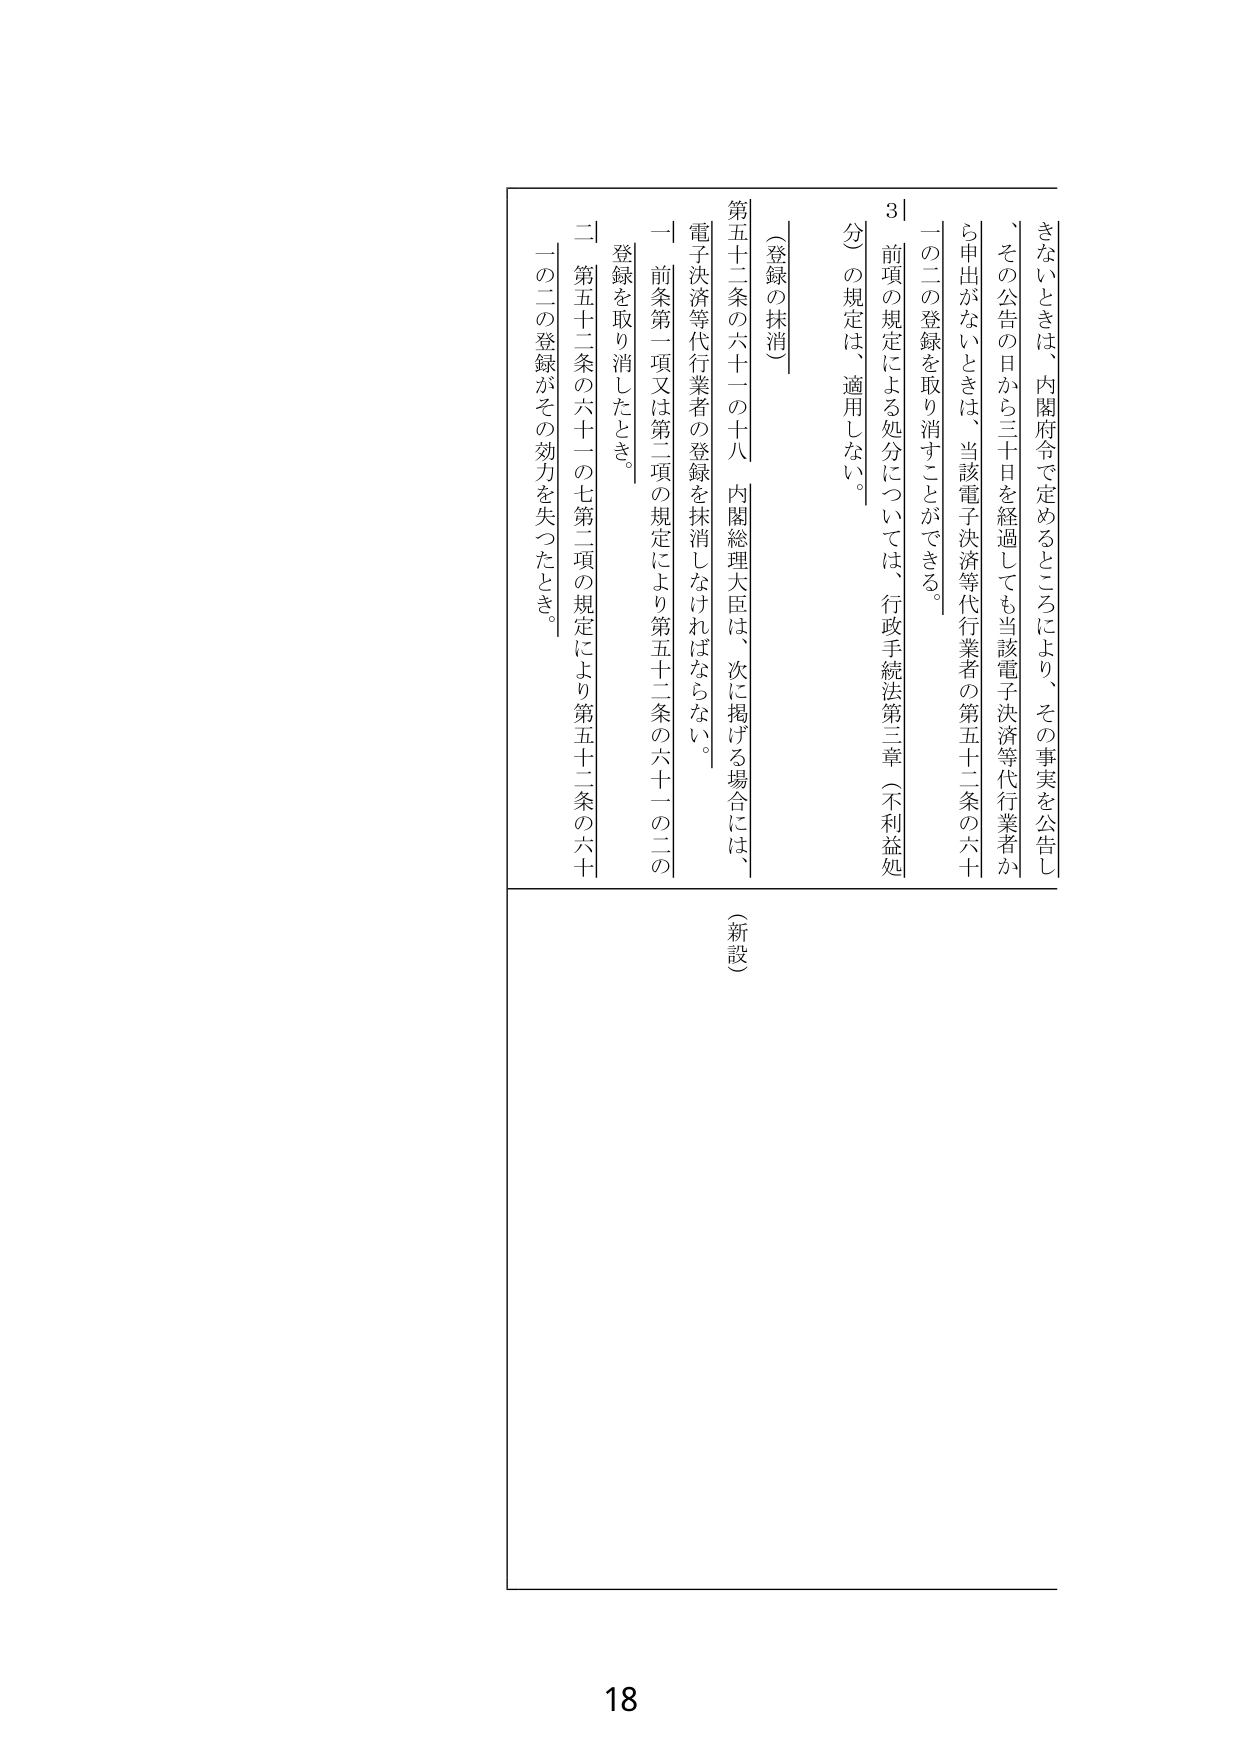
きないときは、内閣府令で定めるところにより、その事実を公告し
、その公告の日から三十日を経過しても当該電子決済等代行業者か
ら申出がないときは、当該電子決済等代行業者の第五十二条の六十
一の二の登録を取り消すことができる。
3 前項の規定による処分については、行政手続法第三章（不利益処
分）の規定は、適用しない。
（登録の抹消）
第五十二条の六十一の十八 内閣総理大臣は、次に掲げる場合には、
電子決済等代行業者の登録を抹消しなければならない。
一 前条第一項又は第二項の規定により第五十二条の六十一の二の
登録を取り消したとき。
二 第五十二条の六十一の七第二項の規定により第五十二条の六十
一の二の登録がその効力を失つたとき。
（新設）
18